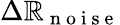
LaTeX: \Delta\mathbb{R}_{\mathrm{{~n~o~i~s~e~}}}